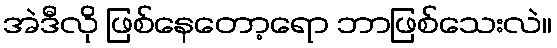
အဲဒီလို ဖြစ်နေတော့ရော ဘာဖြစ်သေးလဲ။